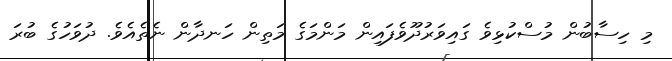
މި ހިސާބުން މުސްކުޅިވެ ގައިވަރުދޫވެފައިން މަންމަގެ މަތިން ހަނދާން ނެތެއެވެ. ދުވަހުގެ ބުރަ